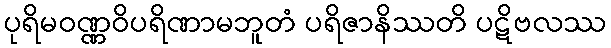
ပုရိမဝဏ္ဏဝိပရိဏာမဘူတံ ပရိဇာနိဿတိ ပဋိဗလဿ